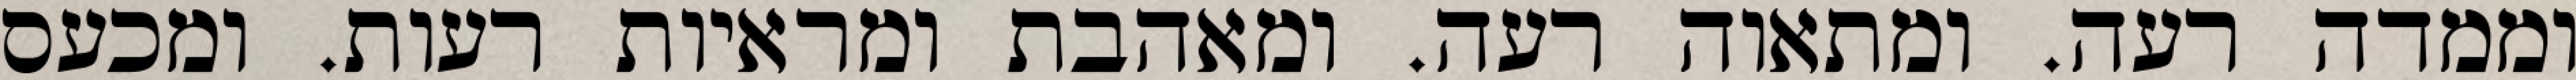
וממדה רעה. ומתאוה רעה. ומאהבת ומראיות רעות. ומכעס